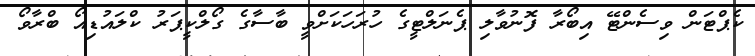
ކެޕްޓަން ވިސެންޓޭ އިބޯރާ ފޮނުވާލި ޕެނަލްޓީގެ ހުރަހަކަށްވީ ބާސާގެ ގޯލްކީޕަރު ކްލައުޑިއޯ ބްރާވޯ